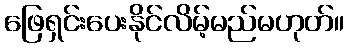
ဖြေရှင်းပေးနိုင်လိမ့်မည်မဟုတ်။